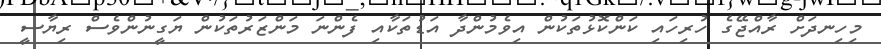
މިހިނދަށް ރާއްޖޭގެ ހުރިހައި ކަންކޮޅުތަކުން އިވެމުންދާ އަޑުތަކާއި ފެންނަ މަންޒަރުތަކުން ޔަގީނުންވެސް ރިޔާސީ